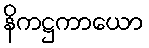
နိကဋ္ဌကာယော